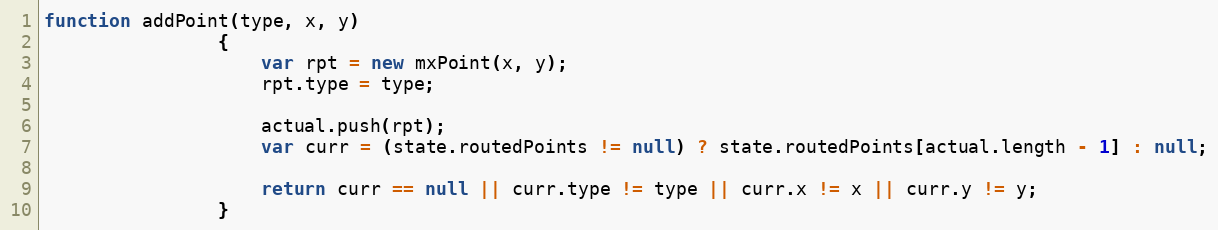
Language: JavaScript
function addPoint(type, x, y)
				{
					var rpt = new mxPoint(x, y);
					rpt.type = type;

					actual.push(rpt);
					var curr = (state.routedPoints != null) ? state.routedPoints[actual.length - 1] : null;

					return curr == null || curr.type != type || curr.x != x || curr.y != y;
				}